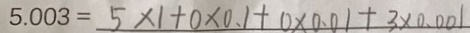
5 . 0 0 3 = 5 \times 1 + 0 \times 0 . 1 + 0 \times 0 . 0 1 + 3 \times 0 . 0 0 1